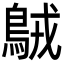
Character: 𪀚